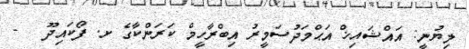
ލިޔުނީ: އައްޝައިޚް އަޙްމަދުސަމީރު އިބްރާހީމް ކަރަންކާގެ ށ. ފޯކައިދޫ   -